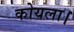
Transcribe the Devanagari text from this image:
कोयला।